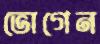
ভোগেন